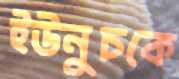
ইউনুচকে